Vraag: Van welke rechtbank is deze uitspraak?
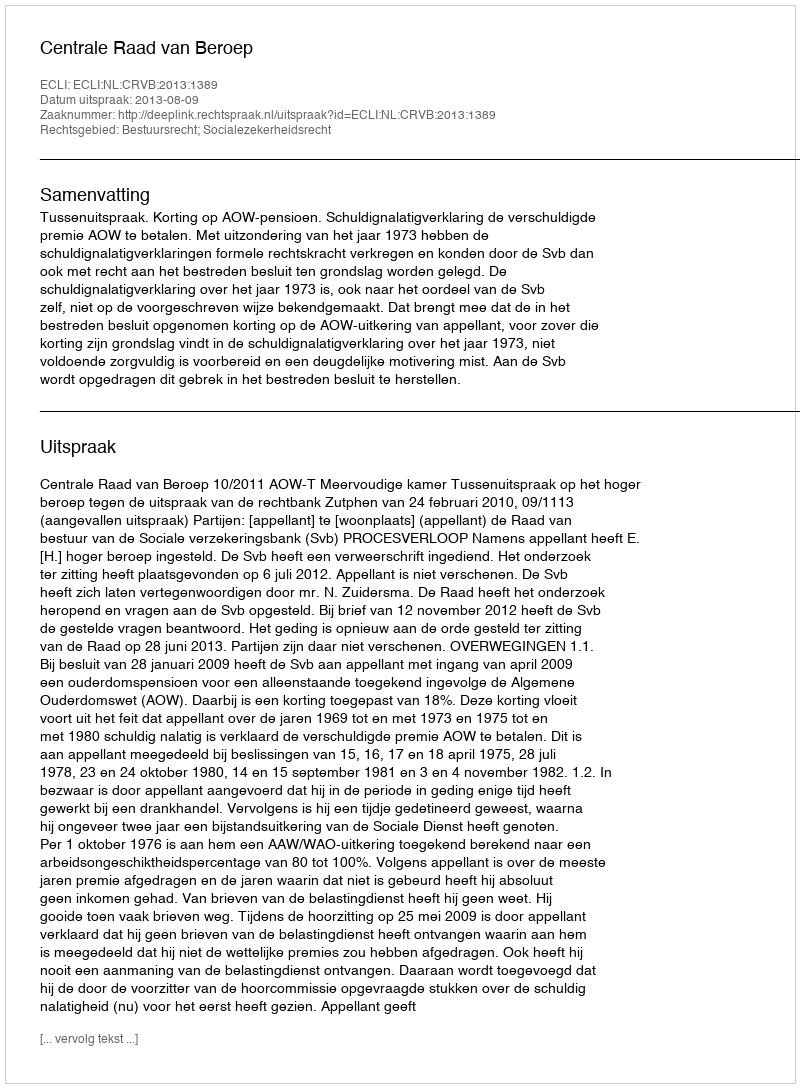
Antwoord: Centrale Raad van Beroep